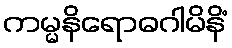
ကမ္မနိရောဓဂါမိနိံ